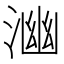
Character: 𭱒